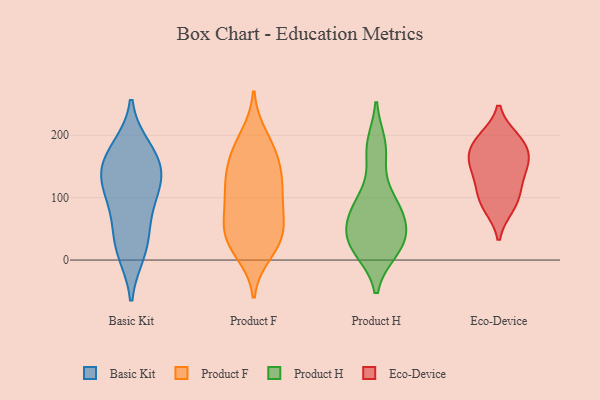
{"axis": {"x": "Tickets Resolved", "y": "Value"}, "legend": ["Basic Kit", "Eco-Device", "Product F", "Product H"], "data": [{"x": "", "y": 178, "type": "Basic Kit"}, {"x": "", "y": 22, "type": "Basic Kit"}, {"x": "", "y": 14, "type": "Basic Kit"}, {"x": "", "y": 54, "type": "Basic Kit"}, {"x": "", "y": 139, "type": "Basic Kit"}, {"x": "", "y": 94, "type": "Basic Kit"}, {"x": "", "y": 166, "type": "Basic Kit"}, {"x": "", "y": 156, "type": "Basic Kit"}, {"x": "", "y": 126, "type": "Basic Kit"}, {"x": "", "y": 112, "type": "Basic Kit"}, {"x": "", "y": 77, "type": "Product F"}, {"x": "", "y": 46, "type": "Product F"}, {"x": "", "y": 119, "type": "Product F"}, {"x": "", "y": 173, "type": "Product F"}, {"x": "", "y": 79, "type": "Product F"}, {"x": "", "y": 43, "type": "Product F"}, {"x": "", "y": 156, "type": "Product F"}, {"x": "", "y": 155, "type": "Product F"}, {"x": "", "y": 26, "type": "Product F"}, {"x": "", "y": 123, "type": "Product F"}, {"x": "", "y": 185, "type": "Product F"}, {"x": "", "y": 23, "type": "Product F"}, {"x": "", "y": 11, "type": "Product F"}, {"x": "", "y": 199, "type": "Product F"}, {"x": "", "y": 122, "type": "Product F"}, {"x": "", "y": 117, "type": "Product F"}, {"x": "", "y": 75, "type": "Product F"}, {"x": "", "y": 41, "type": "Product F"}, {"x": "", "y": 48, "type": "Product H"}, {"x": "", "y": 22, "type": "Product H"}, {"x": "", "y": 16, "type": "Product H"}, {"x": "", "y": 39, "type": "Product H"}, {"x": "", "y": 184, "type": "Product H"}, {"x": "", "y": 76, "type": "Product H"}, {"x": "", "y": 91, "type": "Product H"}, {"x": "", "y": 20, "type": "Product H"}, {"x": "", "y": 63, "type": "Product H"}, {"x": "", "y": 174, "type": "Product H"}, {"x": "", "y": 99, "type": "Product H"}, {"x": "", "y": 166, "type": "Eco-Device"}, {"x": "", "y": 88, "type": "Eco-Device"}, {"x": "", "y": 149, "type": "Eco-Device"}, {"x": "", "y": 148, "type": "Eco-Device"}, {"x": "", "y": 185, "type": "Eco-Device"}, {"x": "", "y": 195, "type": "Eco-Device"}, {"x": "", "y": 85, "type": "Eco-Device"}, {"x": "", "y": 194, "type": "Eco-Device"}, {"x": "", "y": 161, "type": "Eco-Device"}, {"x": "", "y": 119, "type": "Eco-Device"}, {"x": "", "y": 110, "type": "Eco-Device"}]}